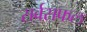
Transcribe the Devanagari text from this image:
सर्वसफल